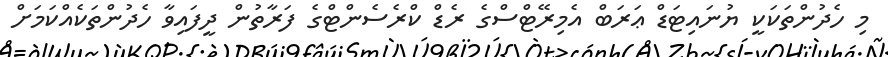
މި ހެދުންތަކަކީ ޔުނައިޓަޑް ޢަރަބް އެމިރޭޓްސްގެ ރެޑް ކްރެސެންޓްގެ ފަރާތުން ދީފައިވާ ހެދުންތަކެއްކަމަށް